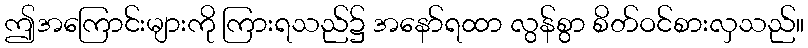
ဤအကြောင်းများကို ကြားရသည်၌ အနော်ရထာ လွန်စွာ စိတ်ဝင်စားလှသည်။